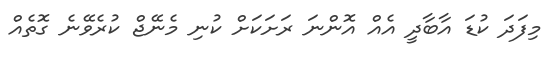
މިފަދަ ކުޑަ އާބާދީ އެއް އޮންނަ ރަށަކަށް ކުނި މެނޭޖް ކުރެވޭނެ ގޮތެއް